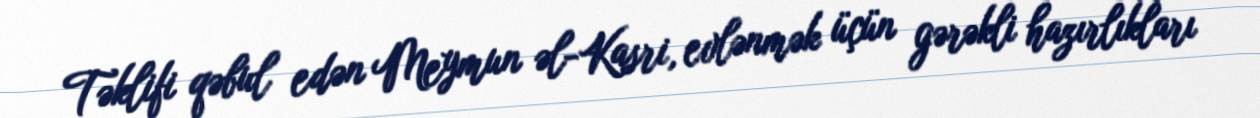
Təklifi qəbul edən Meymun əl-Kasri, evlənmək üçün gərəkli hazırlıkları